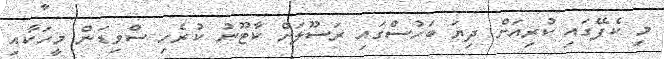
މި ކެފޭގައި ކުރިއަށް ދިޔަ ބަހުސްގައި ރަސޫލަށް ކާޓޫނު ކުރެހި ސްވިޑަން މީހަކާއި